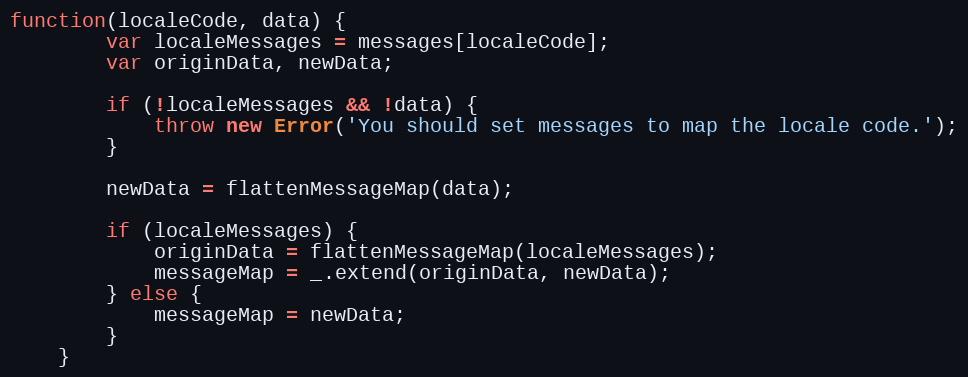
Language: JavaScript
function(localeCode, data) {
        var localeMessages = messages[localeCode];
        var originData, newData;

        if (!localeMessages && !data) {
            throw new Error('You should set messages to map the locale code.');
        }

        newData = flattenMessageMap(data);

        if (localeMessages) {
            originData = flattenMessageMap(localeMessages);
            messageMap = _.extend(originData, newData);
        } else {
            messageMap = newData;
        }
    }